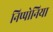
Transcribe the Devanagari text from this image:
निप्पोनिया